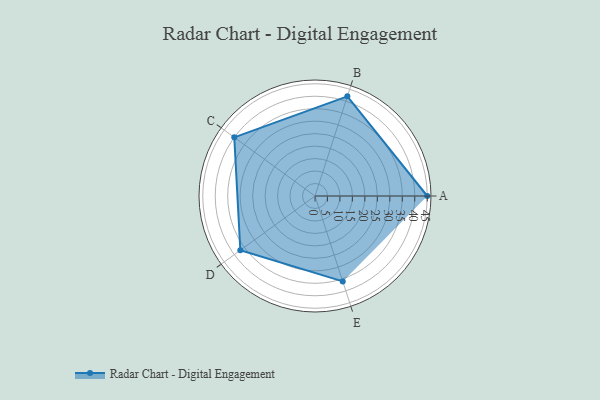
{"axis": {"x": "Skill", "y": "Score"}, "legend": ["Profile"], "data": [{"x": "A", "y": 45.0, "type": "Profile"}, {"x": "B", "y": 42.0, "type": "Profile"}, {"x": "C", "y": 40.0, "type": "Profile"}, {"x": "D", "y": 37.0, "type": "Profile"}, {"x": "E", "y": 36.0, "type": "Profile"}]}